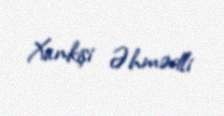
Xankişi Əhmədli